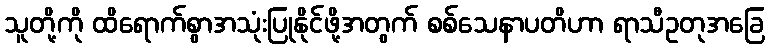
သူတို့ကို ထိရောက်စွာအသုံးပြုနိုင်ဖို့အတွက် စစ်သေနာပတိဟာ ရာသီဥတုအခြေ